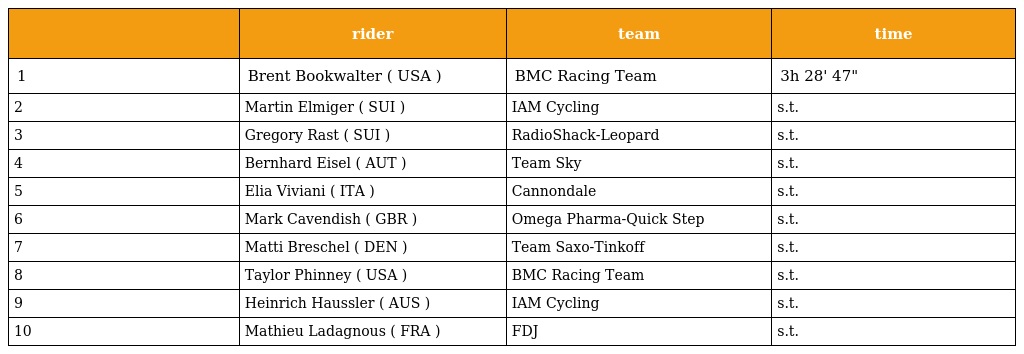
|  | rider | team | time |
 | --- | --- | --- | --- |
 | 1 | Brent Bookwalter ( USA ) | BMC Racing Team | 3h 28' 47" |
 | 2 | Martin Elmiger ( SUI ) | IAM Cycling | s.t. |
 | 3 | Gregory Rast ( SUI ) | RadioShack-Leopard | s.t. |
 | 4 | Bernhard Eisel ( AUT ) | Team Sky | s.t. |
 | 5 | Elia Viviani ( ITA ) | Cannondale | s.t. |
 | 6 | Mark Cavendish ( GBR ) | Omega Pharma-Quick Step | s.t. |
 | 7 | Matti Breschel ( DEN ) | Team Saxo-Tinkoff | s.t. |
 | 8 | Taylor Phinney ( USA ) | BMC Racing Team | s.t. |
 | 9 | Heinrich Haussler ( AUS ) | IAM Cycling | s.t. |
 | 10 | Mathieu Ladagnous ( FRA ) | FDJ | s.t. |